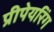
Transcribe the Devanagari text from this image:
प्रीपेयरिंग